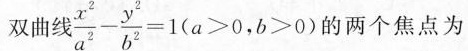
双曲线$$ \frac { x ^ { 2 } } { a ^ { 2 } } - \frac{ y ^ { 2 } } { b ^ { 2 } } = 1$$ ($$ a > 0$$ , $$b > 0$$ ) 的两个焦点为